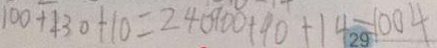
1 0 0 + 1 3 0 + 1 0 = 2 4 0 9 0 0 + 9 0 + 1 4 = 1 0 0 4